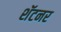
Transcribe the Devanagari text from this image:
शॅटनर